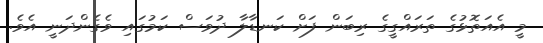
މީ އެއަތޮޅުގެ ތަރައްގީގެ ރިބަން ފަށް ކަނޑާލާ ދުވަސް ކަމުގައި ވެގެންދަނީ އެވެ.